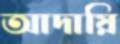
আদায়ি